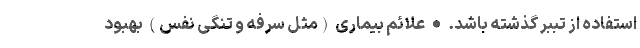
استفاده از تببر گذشته باشد. • علائم بیماری (مثل سرفه و تنگی نفس) بهبود